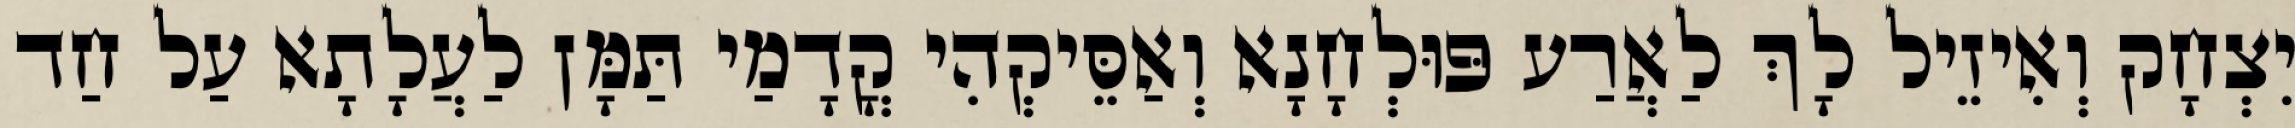
יִצְחָק וְאִיזֵיל לָךְ לַאֲרַע פּוּלְחָנָא וְאַסֵּיקְהִי קֳדָמַי תַּמָּן לַעֲלָתָא עַל חַד